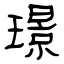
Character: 璟